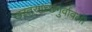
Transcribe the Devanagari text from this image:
खरतरगच्छगुर्वावली